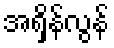
အရှိန်လွန်